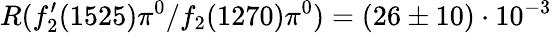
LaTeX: R(f_{2}^{\prime}(1525)\pi^{0}/f_{2}(1270)\pi^{0})=(26\pm 10)\cdot 10^{-3}